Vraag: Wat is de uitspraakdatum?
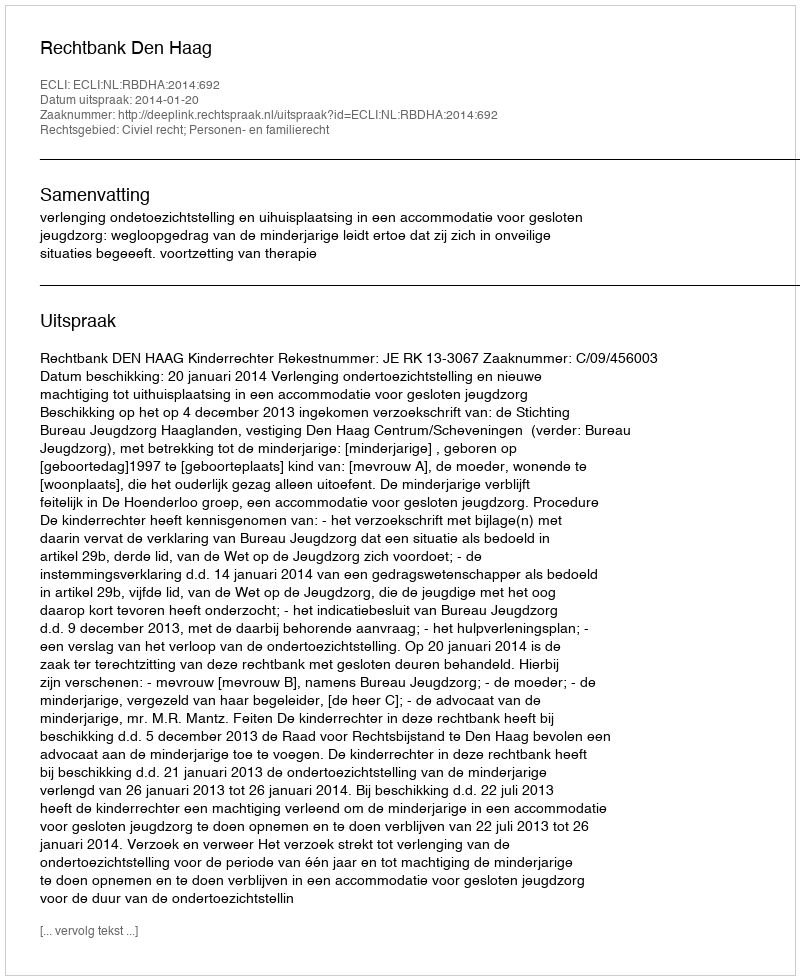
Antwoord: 2014-01-20